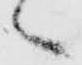
々